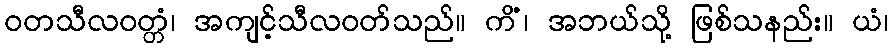
ဝတသီလဝတ္တံ၊ အကျင့်သီလဝတ်သည်။ ကိံ၊ အဘယ်သို့ ဖြစ်သနည်း။ ယံ၊